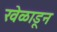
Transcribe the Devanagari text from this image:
खेळाडून